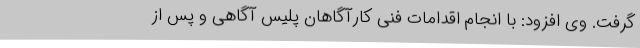
گرفت. وی افزود: با انجام اقدامات فنی کارآگاهان پلیس آگاهی و پس از